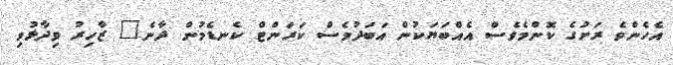
އެހެންވެ ރަށުގެ ކޮންމެވެސް އެއްބަޔަކުން އަބަދުވެސް ކަރަންޓް ކެނޑެމުން ދާނެ" ޒާހިރު ވިދާޅުވި